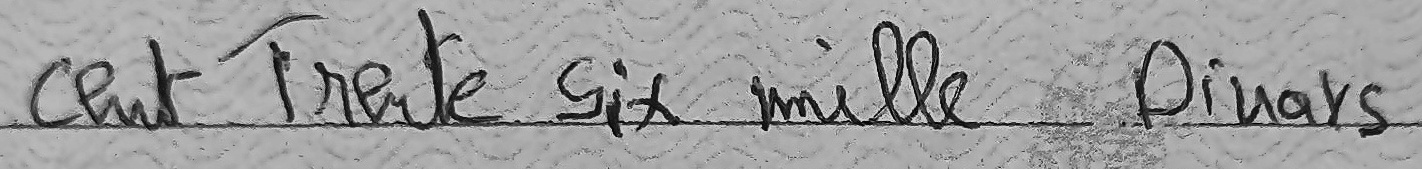
cent Trente Six mille Dinars